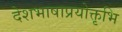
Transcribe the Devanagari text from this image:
देशभाषाप्रयोक्तृभि